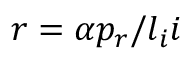
r = \alpha p _ { r } / l _ { i } i